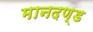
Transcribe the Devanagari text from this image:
मानदण्‍ड